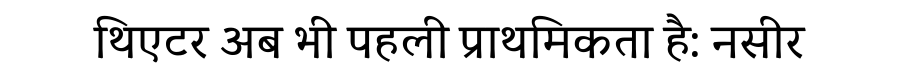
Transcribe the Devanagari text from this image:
थिएटर अब भी पहली प्राथमिकता है: नसीर